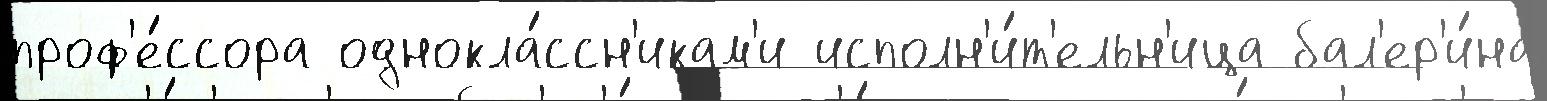
проф'е́ссора однокла́ссн'икам'и исполн'и́т'ельн'ица бал'ер'и́на